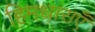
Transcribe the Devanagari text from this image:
हिमधाराएँ